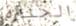
الجنازه